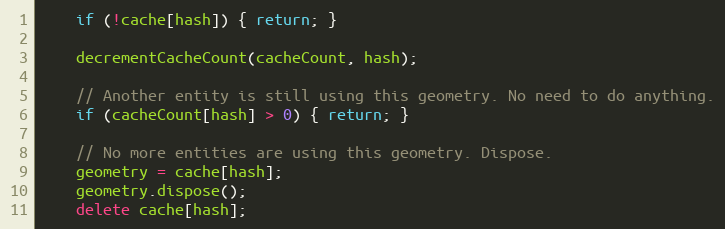
Language: JavaScript
    if (!cache[hash]) { return; }

    decrementCacheCount(cacheCount, hash);

    // Another entity is still using this geometry. No need to do anything.
    if (cacheCount[hash] > 0) { return; }

    // No more entities are using this geometry. Dispose.
    geometry = cache[hash];
    geometry.dispose();
    delete cache[hash];